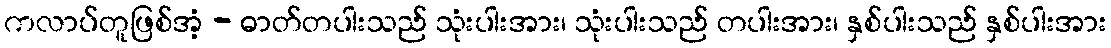
ကလာပ်တူဖြစ်အံ့ - ဓာတ်တပါးသည် သုံးပါးအား၊ သုံးပါးသည် တပါးအား၊ နှစ်ပါးသည် နှစ်ပါးအား